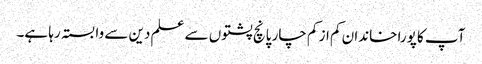
آپ کا پورا خاندان کم از کم چار پانچ پشتوں سے علم دین سے وابستہ رہا ہے۔